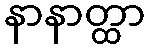
နာနာတ္ထာ